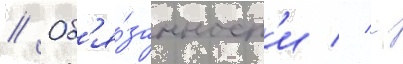
// Об'я́занност'и // -